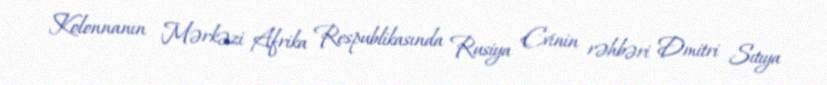
Kolonnanın Mərkəzi Afrika Respublikasında Rusiya Evinin rəhbəri Dmitri Sıtıya